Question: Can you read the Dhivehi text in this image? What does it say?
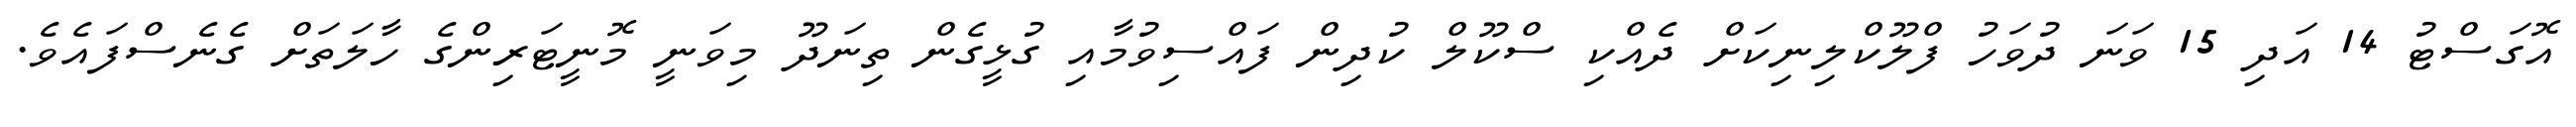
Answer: އޮގަސްޓު 14 އަދި 15 ވަނަ ދުވަހު ފްލޫކްލިނިކަށް ދެއްކި ސްކޫލް ކުދިން ފައްސިވުމާއި ގުޅީގެން ތިނަދޫ މިވަނީ މޮނީޓަރިންގެ ހާލަތަށް ގެނެސްފައެވެ.